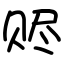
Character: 赆